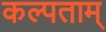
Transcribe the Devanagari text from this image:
कल्पताम्